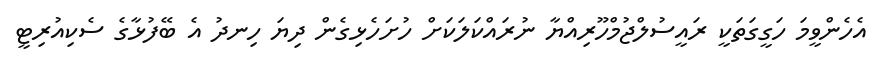
އެހެންވީމަ ހަގީގަތަކީ ރައީސުލްޖުމްހޫރިއްޔާ ނުރައްކަލަކަށް ހުށަހެޅިގެން ދިޔަ ހިނދު އެ ބޭފުޅާގެ ސެކިއުރިޓީ